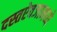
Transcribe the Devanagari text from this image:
दस्तऐवजामध्ये